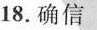
18.确信